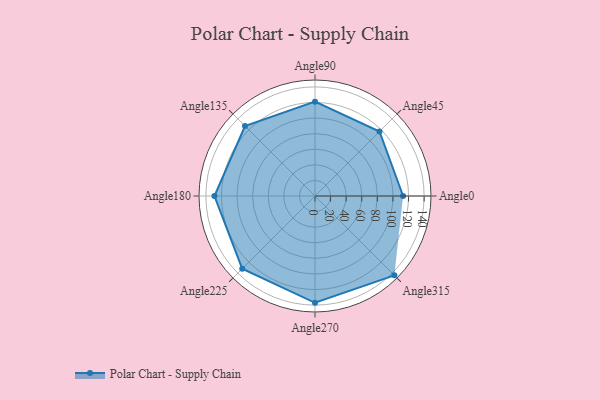
{"axis": {"x": "Angle", "y": "Radius"}, "legend": [""], "data": [{"x": "Angle0", "y": 113.0, "type": ""}, {"x": "Angle45", "y": 117.0, "type": ""}, {"x": "Angle90", "y": 121.0, "type": ""}, {"x": "Angle135", "y": 127.0, "type": ""}, {"x": "Angle180", "y": 129.0, "type": ""}, {"x": "Angle225", "y": 132.0, "type": ""}, {"x": "Angle270", "y": 137.0, "type": ""}, {"x": "Angle315", "y": 144.0, "type": ""}]}